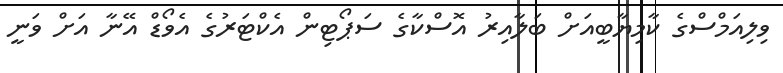
ވިލިއަމްސްގެ ކާމިޔާބީއަށް ބަލާއިރު އޮސްކާގެ ސަޕޯޓިން އެކްޓަރުގެ އެވޯޑް އޭނާ އަށް ވަނީ